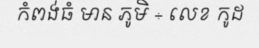
កំពង់ធំ មាន ភូមិ ÷ លេខ កូដ